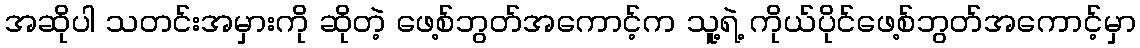
အဆိုပါ သတင်းအမှားကို ဆိုတဲ့ ဖေ့စ်ဘွတ်အကောင့်က သူ့ရဲ့ ကိုယ်ပိုင်ဖေ့စ်ဘွတ်အကောင့်မှာ